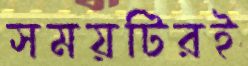
সময়টিরই